18_100754_ General 1946-7_Vol_2
Agency: Department of War
Incident date: 12/30/47
Page 23
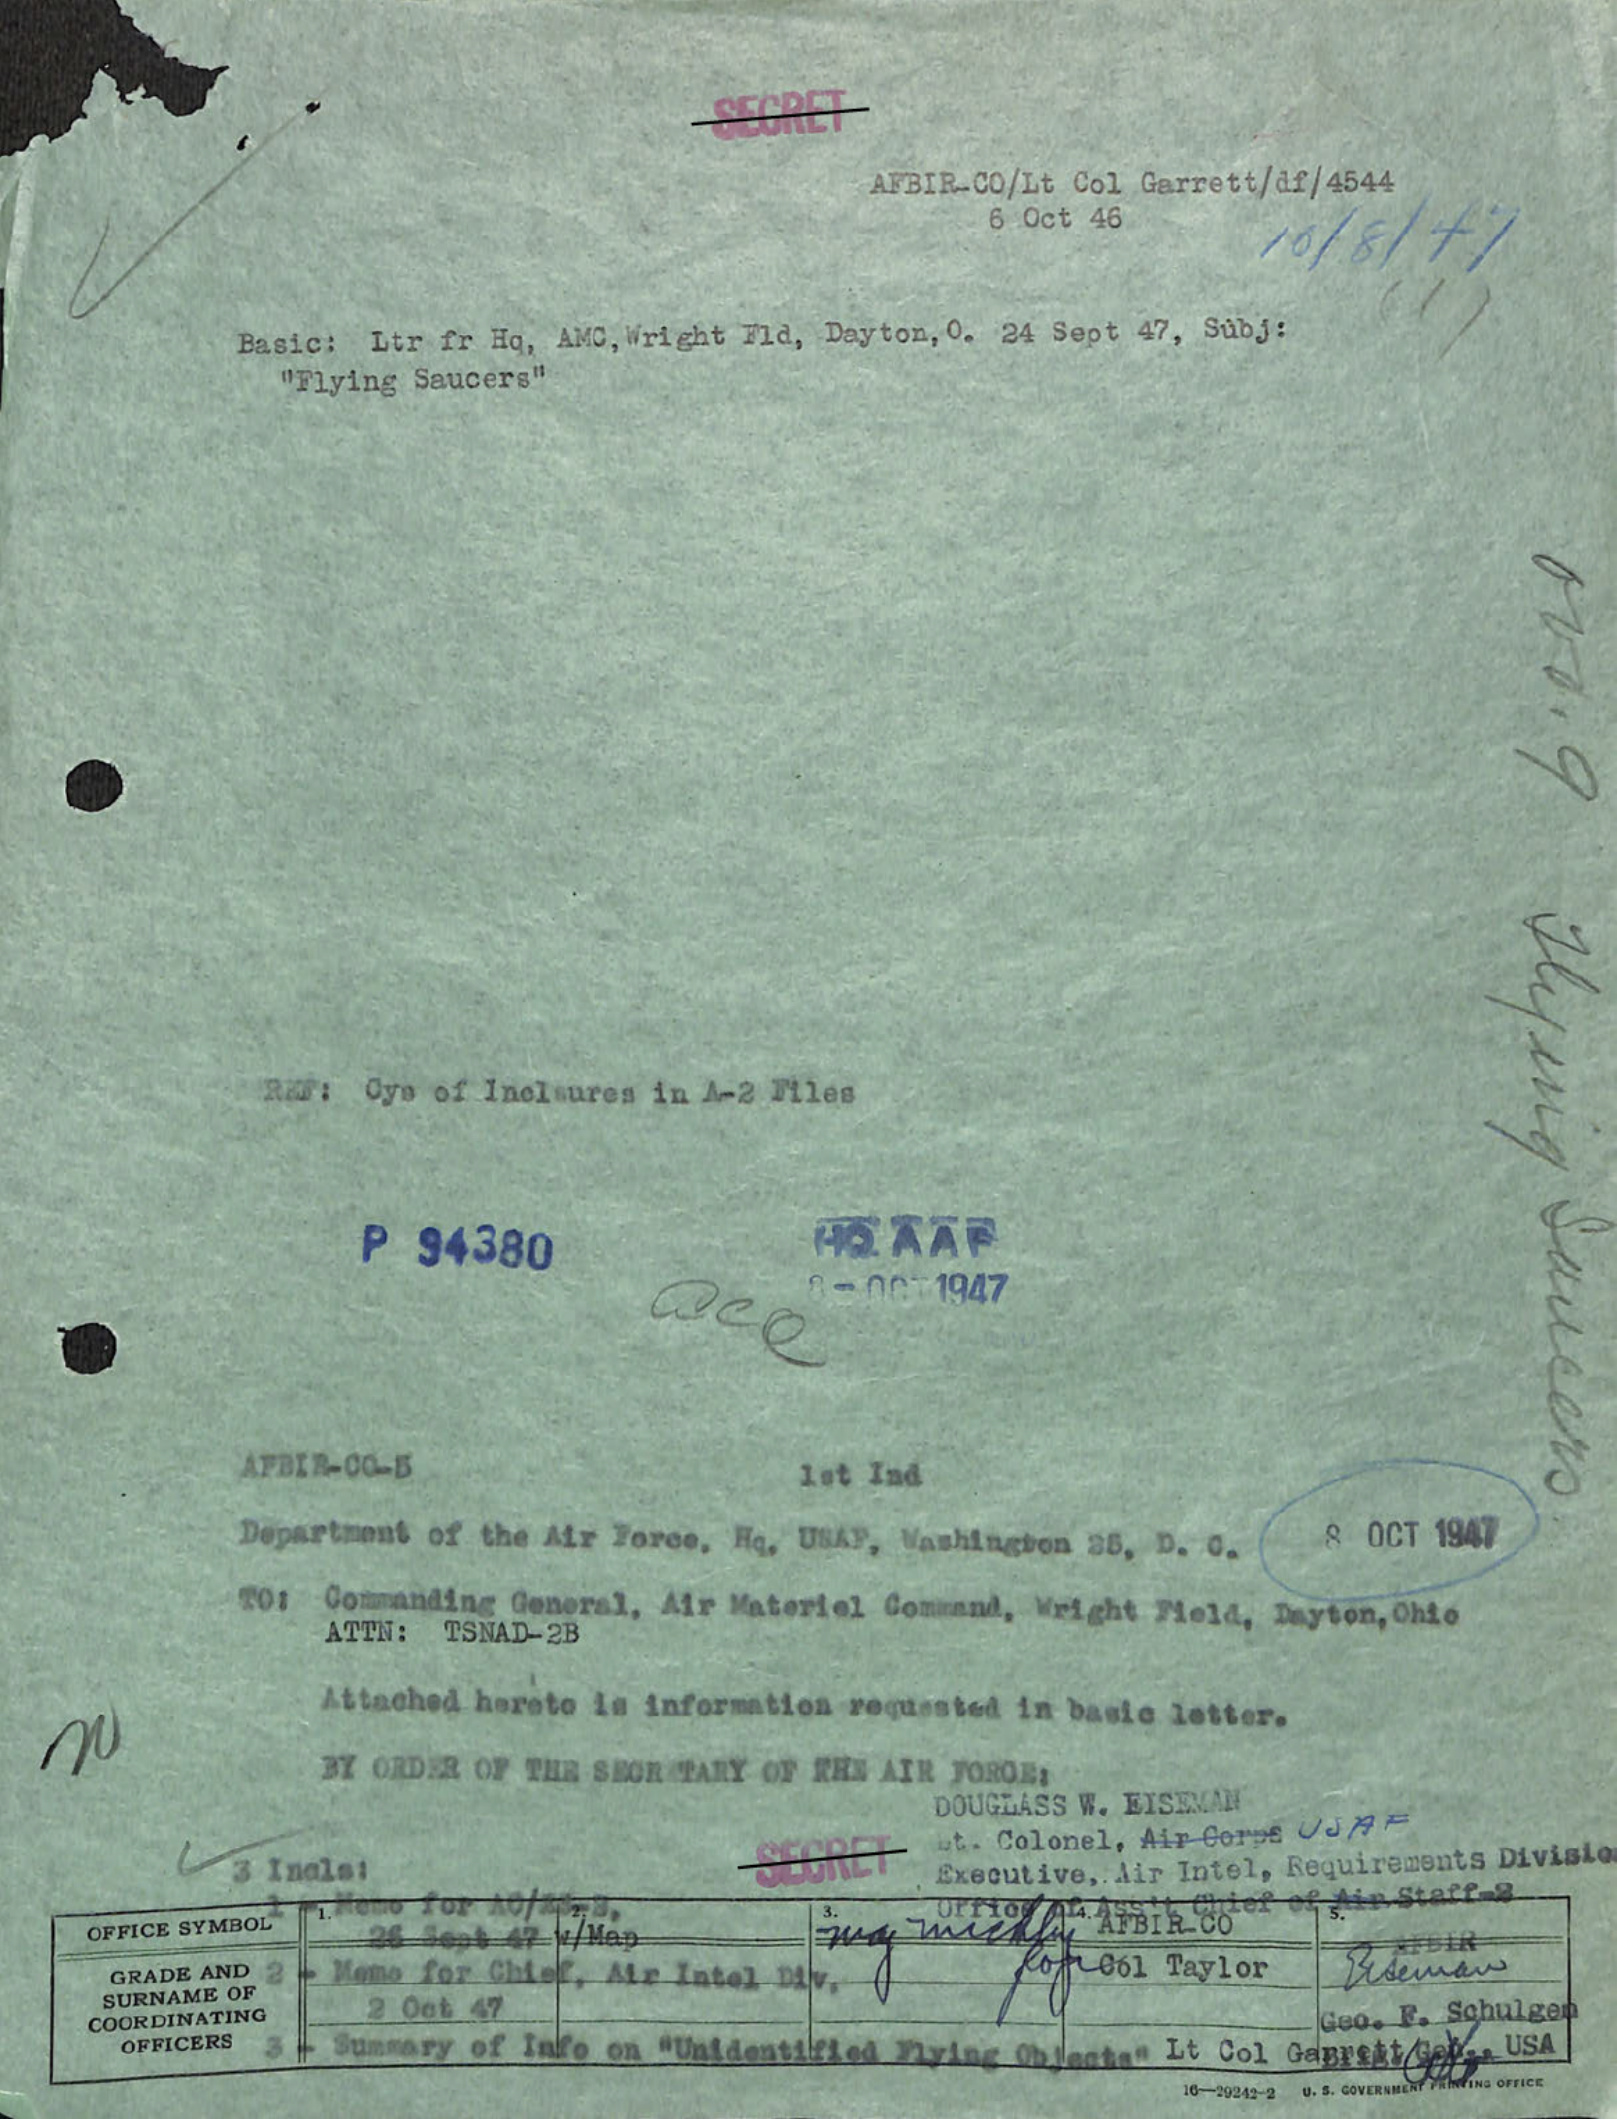